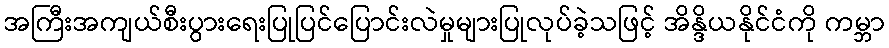
အကြီးအကျယ်စီးပွားရေးပြုပြင်ပြောင်းလဲမှုများပြုလုပ်ခဲ့သဖြင့် အိန္ဒိယနိုင်ငံကို ကမ္ဘာ